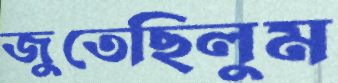
জুতেছিলুম